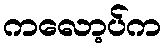
ကလော့ပ်က